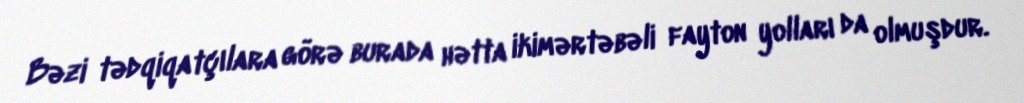
Bəzi tədqiqatçılara görə burada hətta ikimərtəbəli fayton yolları da olmuşdur.